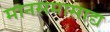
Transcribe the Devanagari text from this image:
मानसमासाद्य